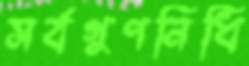
সর্বগুণনিধি